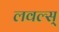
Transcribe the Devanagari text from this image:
लवल्स्